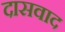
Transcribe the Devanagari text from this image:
दासवाद